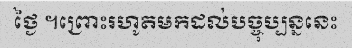
ថ្ងៃ ។ព្រោះរហូតមកដល់បច្ចុប្បន្ននេះ